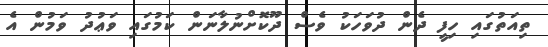
ތިއަތުގައި ހިފީ ދެން ދުވަހަކު ވެސް ދޫކޮށްނުލާނަން ކަމުގައި ވަޢުދު ވަމުން އެ